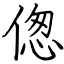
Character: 偬